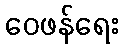
ဝေဖန်ရေး